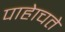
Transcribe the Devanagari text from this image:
पाहेाचते